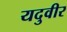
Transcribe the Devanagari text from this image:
यदुवीर